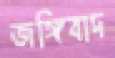
জঙ্গিবাদ